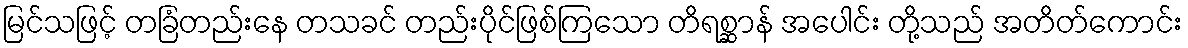
မြင်သဖြင့် တခြံတည်းနေ တသခင် တည်းပိုင်ဖြစ်ကြသော တိရစ္ဆာန် အပေါင်း တို့သည် အတိတ်ကောင်း